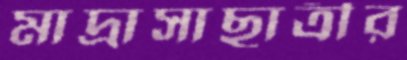
মাদ্রাসাছাত্রীর